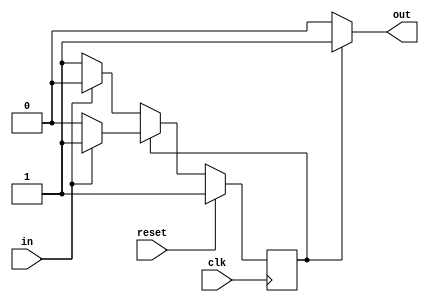
module top_module(
    input clk,
    input reset,
    input in,
    output out
);  
    parameter A = 0, B = 1; 
    reg state, next_state;

    always @(*) begin
        if (state == A) begin
            if (in == 1'b1) begin
                next_state = A;
            end
            else begin
                next_state = B;
            end
        end
        else begin
            if (in == 1'b1) begin
                next_state = B;
            end
            else begin
                next_state = A;
            end
        end
    end

    always @(posedge clk) begin
        if (reset) begin
            state = B;
        end
        else begin
            state = next_state;
        end
    end

    assign out = (state == B) ? 1'b1 : 1'b0;

endmodule